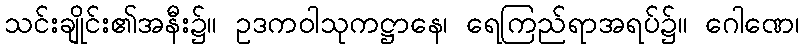
သင်းချိုင်း၏အနီး၌။ ဥဒကဝါသုကဋ္ဌာနေ၊ ရေကြည်ရာအရပ်၌။ ဂေါဏေ၊